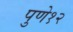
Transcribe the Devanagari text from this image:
पुणे१२